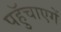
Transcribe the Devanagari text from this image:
पहुॅचाएगें